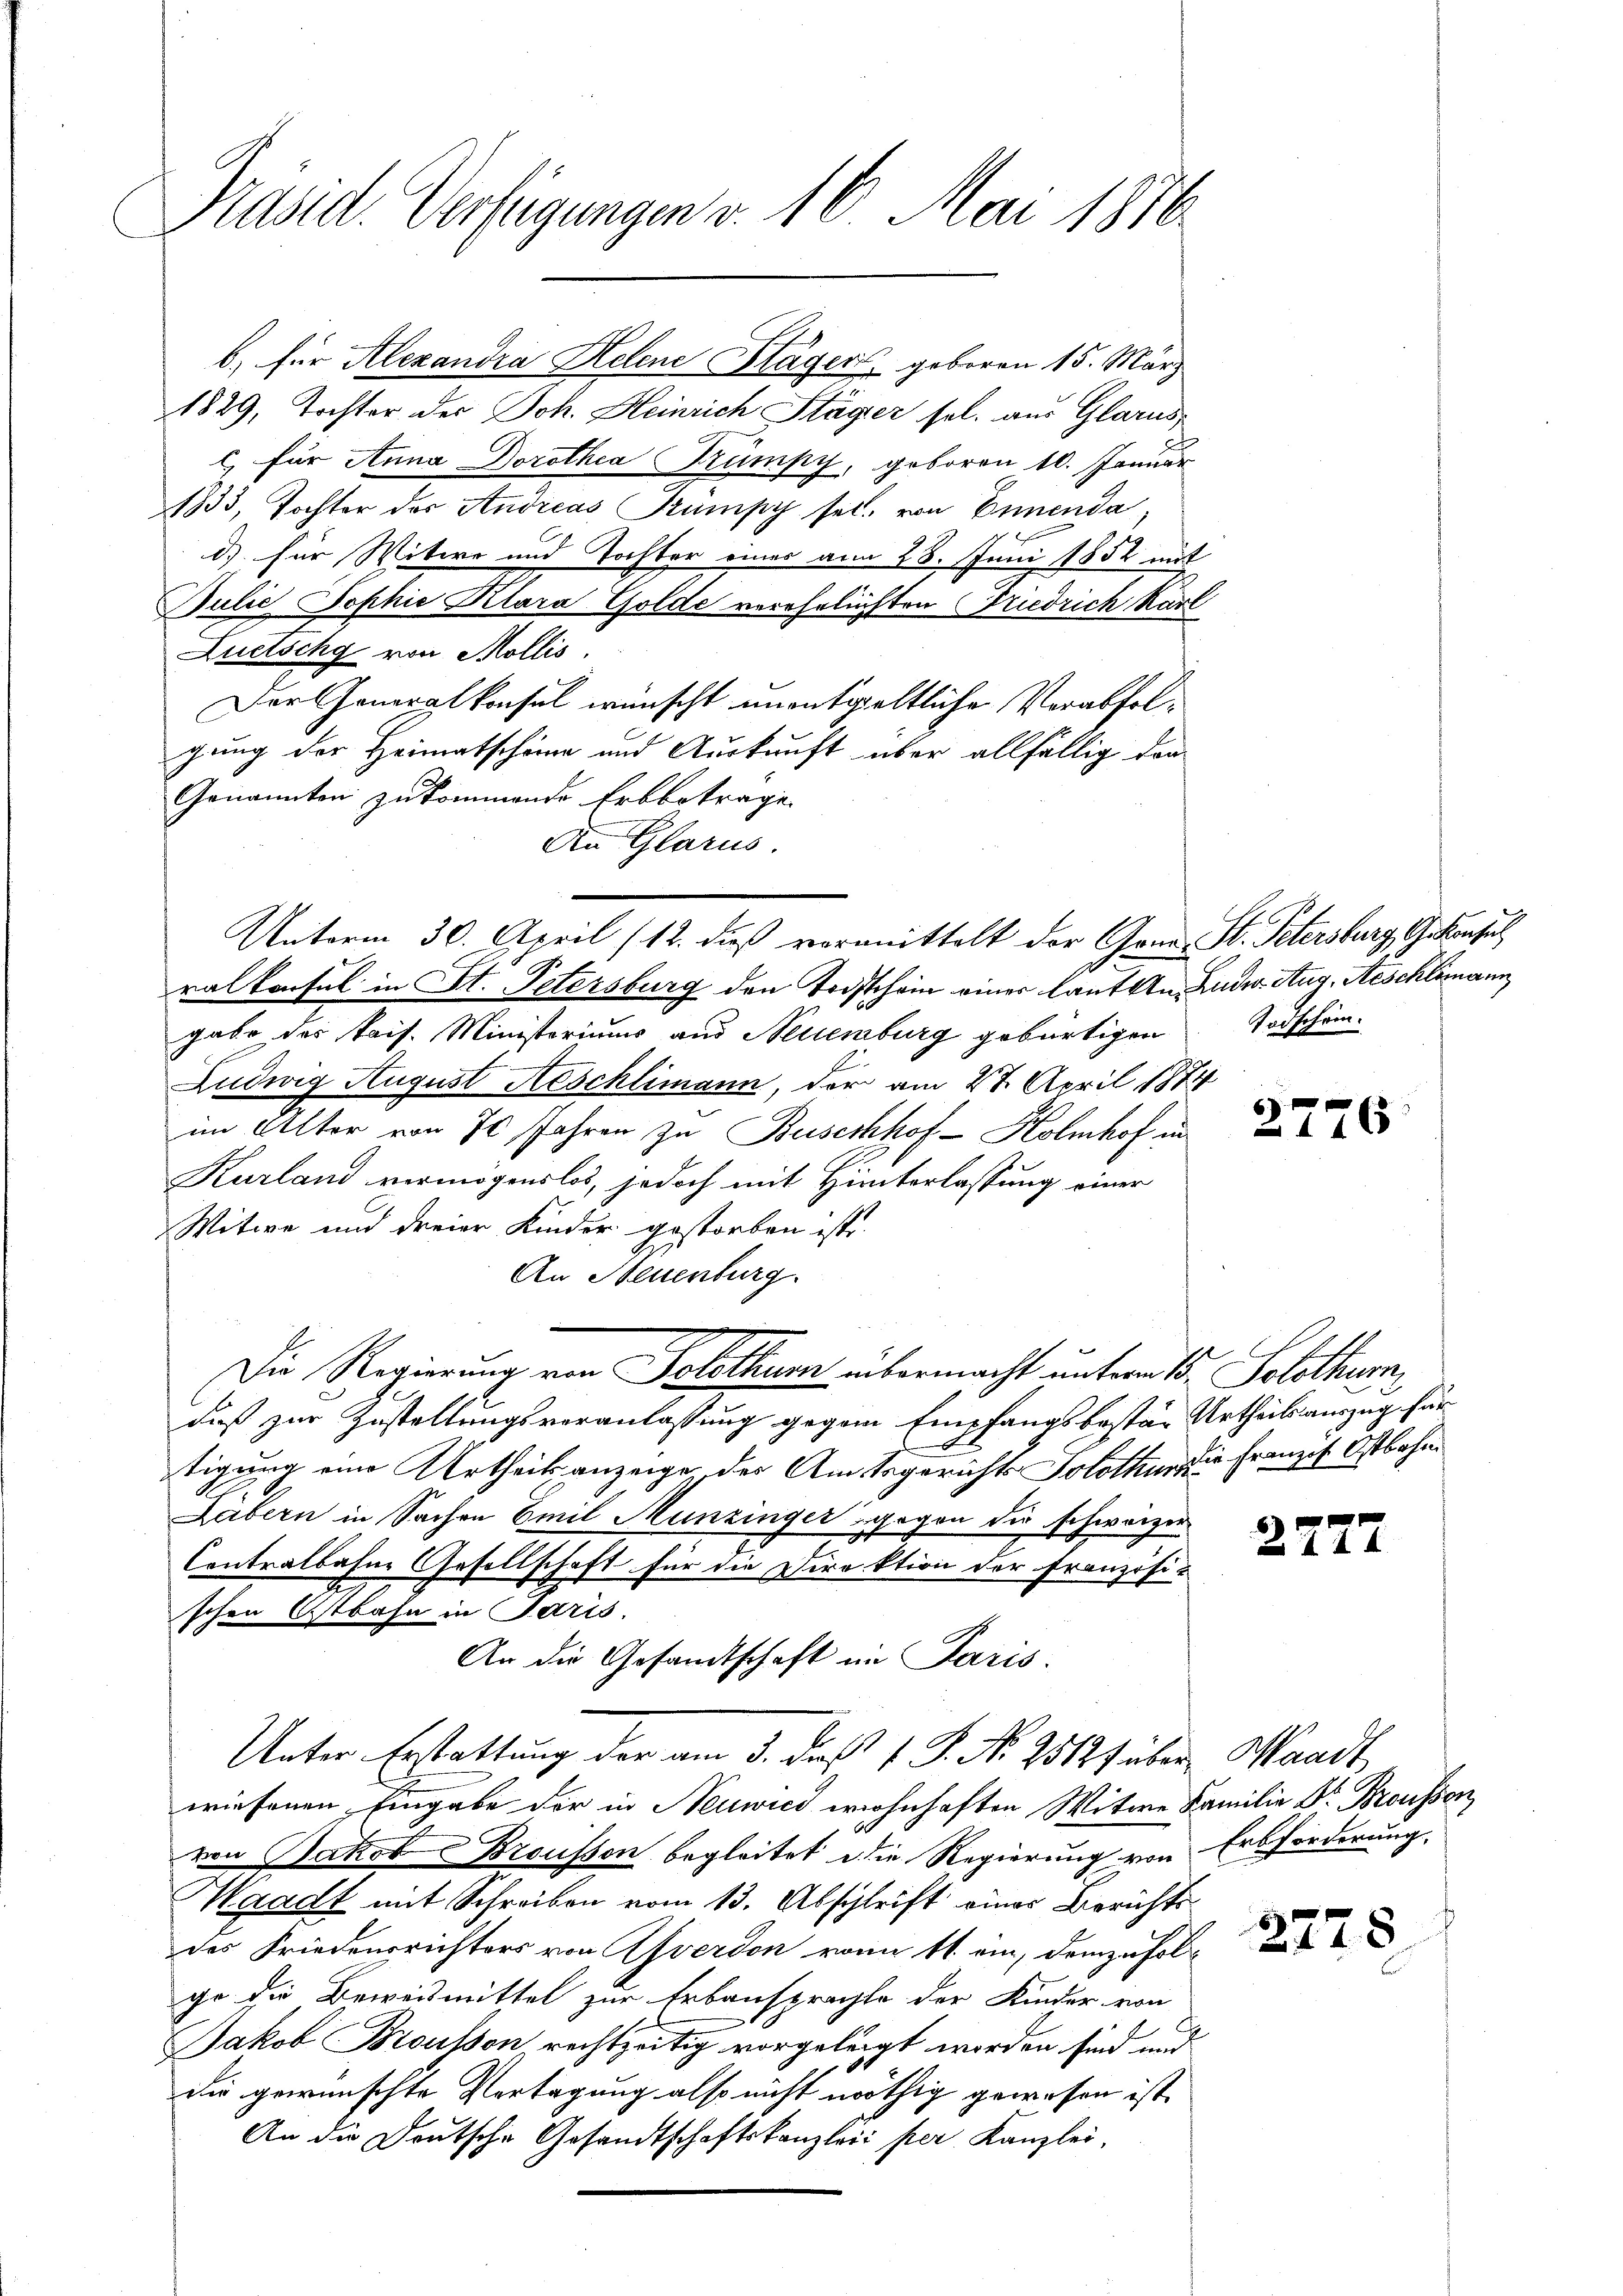
Präsid. Verfügungen v. 16. Mai 1876

b.) für Alexandra Helene Kläger geboren 15. März
1829, Tochter der Joh. Heinrich Stäger sel. aus Glarus,
l) für Anna Dorothea Trümpy, geboren 10. Januar
1833, Tochter der Andreas Trumpy sel. von Ennenda,
d) für Witwe und Tochter eines am 28. Juni 1852 mit
Julie Sophie Klara Golde verehelichten Friedrich Karl
Luetschy von Mollis.
Der Generalkonsul wünscht unentgeltliche Verabfolgung der Heimatschöne und Auskunft über allfällig den
Genannten zukommende Erbbetrage
An Glarus.
ralkonsul in St. Petersburg den Todschein einer laut an Luder Aug, Aeschlimann
gabe des Kais. Ministeriums aus Neuenburg gebürtigen
Ludwig August Aeschlimann, der am 27. April 187
im Alter von 70 Jahren zu Busechhof - Kolmhof in
Kurland vermögenslos, jedoch mit Hinterlassung einer
Witwe und dreier Kinder gestorben ist.
An Neuenburg.
Die Regierung von Solothurn übermacht unterm 15. Solothurn,
daß zur Zustellungsveranlassung gegen Empfangsbester Urtheilsauszug für
tigung eine Urtheils anzeige des Amtsgerichts Solothur zu franzis Ostbahn
Labern in Sachen Emil Hunzinger gegen die schwarzen
Contralbahne Gesellschaft für die Direktion der Französi-
schen Ostbahn in Paris.
An die Gesandtschaft im Paris.
Unter Erstattung der am 3. daß 1 S. Nr. 2512f über Waadt
wiesenen Eingabe der in Neuwics wohnhaften Witwe Familie Dr. Brousson
von Jakob Brousson begleitet die Regierung von
Waadt mit Schreiben vom 13. Abschrift eines Berichtsdes Friedensrichters von Averdon von 11. ein, demzufolgo die Beweismittel zur Erbansprachte der Kinder von
Jakob Brousson, rechtzeitig vorgelegt worden sind und
die gewünschte Vertagung also nicht nöthig gewesen ist.
An die Deutsche Gesandtschaftskanzleii per Kanzlei,

Unterm 30. April (12. dieß vormittelt der Gem. St. Petersburg, Gestanzul

Todschein.
1

6

27

577

76

Erbforderung.

2278